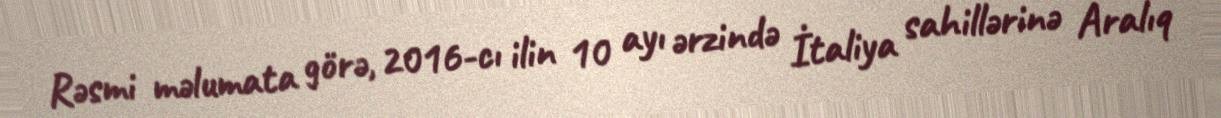
Rəsmi məlumata görə, 2016-cı ilin 10 ayı ərzində İtaliya sahillərinə Aralıq